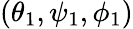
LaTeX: (\theta_{1},\psi_{1},\phi_{1})